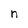
Character: n